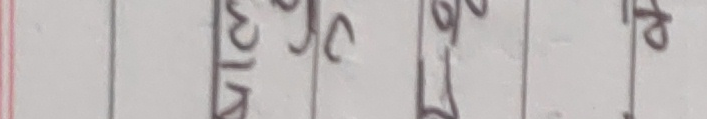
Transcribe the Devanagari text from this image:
अमिन%सकर२भध